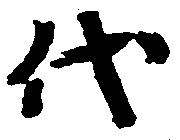
代